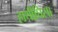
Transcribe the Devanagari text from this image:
हाथीघिसा